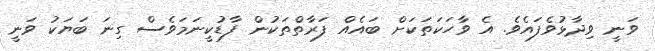
ވަނީ ވިދާޅުވެފައެވެ. އެ ވާހަކަަތަކަށް ބައެއް ފަރާތްތަކުން ފާޑުކީނަމަވެސް ގިނަ ބަޔަކު ވަނީ